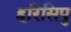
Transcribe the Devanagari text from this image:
हरिसिपु